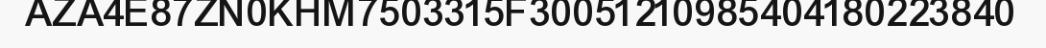
AZA4E87ZN0KHM7503315F30051210985404180223840